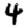
Digit: 4